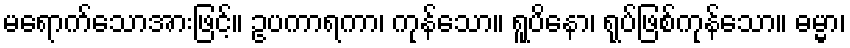
မရောက်သောအားဖြင့်။ ဥပကာရကာ၊ ကုန်သော။ ရူပိနော၊ ရုပ်ဖြစ်ကုန်သော။ ဓမ္မာ၊